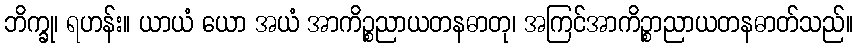
ဘိက္ခု၊ ရဟန်း။ ယာယံ ယော အယံ အာကိဉ္စညာယတနဓာတု၊ အကြင်အာကိဉ္စာညာယတနဓာတ်သည်။